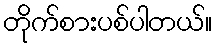
တိုက်စားပစ်ပါတယ်။